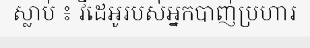
ស្លាប់ ៖ វីដេអូរបស់អ្នកបាញ់ប្រហារ